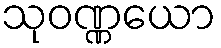
သုဝဏ္ဏယော